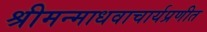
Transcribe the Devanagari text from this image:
श्रीमन्माधवाचार्यप्रणीत